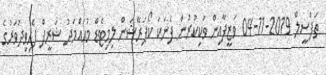
ތަފްސީލް 2019-11-04 ވަޒީފާއިން ވަކިކުރުން ފެނަކަ ކޯޕަރޭޝަން ލިމިޓެޑް މުޙައްމަދު ޝަރީފް ފެހިވިދުވަރުގެ